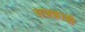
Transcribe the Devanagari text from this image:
सफ़्फ़ावी